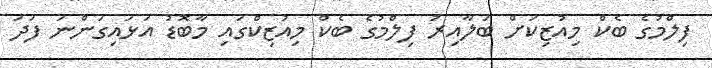
ފިލްމުގެ ބެކް މިއުޒިކަށް ބަލާއިރު ފިލްމުގެ ބެކް މިއުޒިކްގައި މާބޮޑު އަޅައިގަންނަ ފަދަ